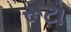
રૂટો